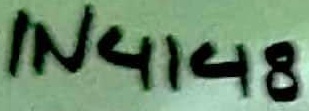
Text: IN4148